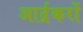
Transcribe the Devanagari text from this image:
आर्द्रकरों